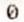
0